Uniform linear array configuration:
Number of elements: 16
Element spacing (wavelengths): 0.75
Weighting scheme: blackman
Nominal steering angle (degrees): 60
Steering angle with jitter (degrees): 60.904
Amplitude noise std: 0.05
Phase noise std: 0.05

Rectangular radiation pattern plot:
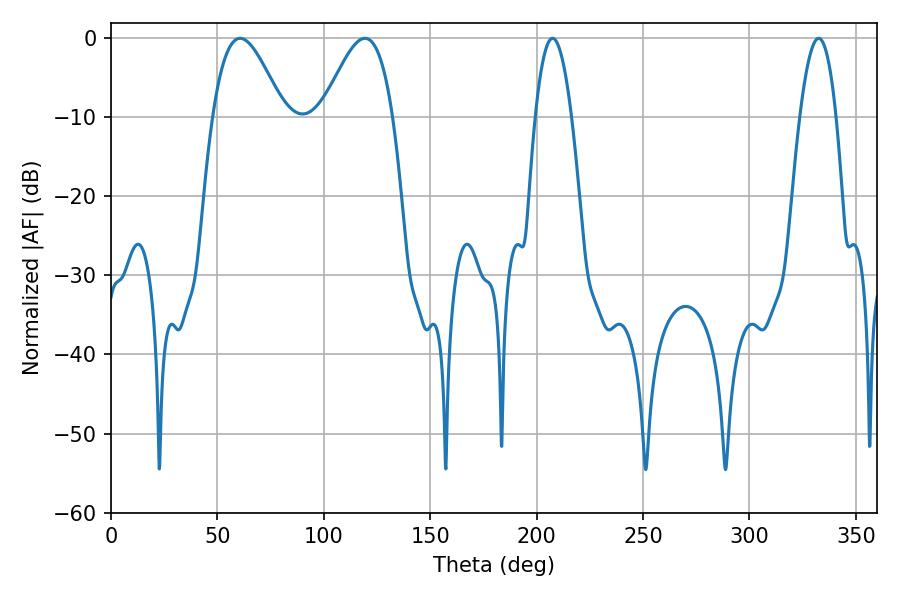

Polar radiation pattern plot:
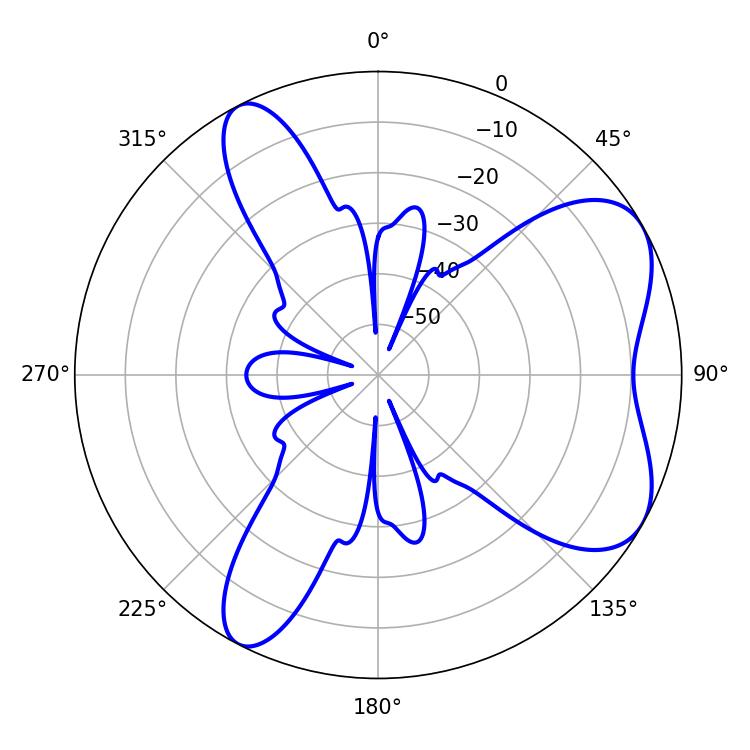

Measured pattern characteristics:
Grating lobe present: TRUE
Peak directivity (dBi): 6.326
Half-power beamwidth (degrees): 17.82
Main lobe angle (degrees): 60.66